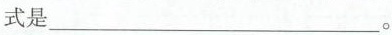
式是___。